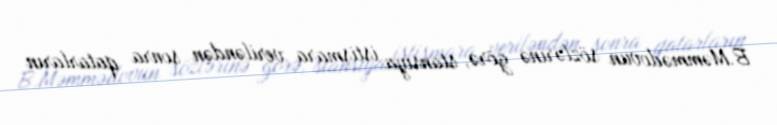
B.Məmmədovun sözlərinə görə, stansiya istismara veriləndən sonra qatarların